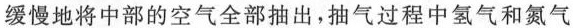
缓慢地将中部的空气全部抽出，抽气过程中氢气和氮气